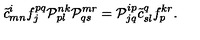
\tilde { c } { } _ { m n } ^ { i } f _ { j } ^ { p q } { \cal P } _ { p l } ^ { n k } { \cal P } _ { q s } ^ { m r } = { \cal P } _ { j q } ^ { i p } \tilde { c } { } _ { s l } ^ { q } f _ { p } ^ { k r } .